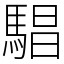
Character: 䮖